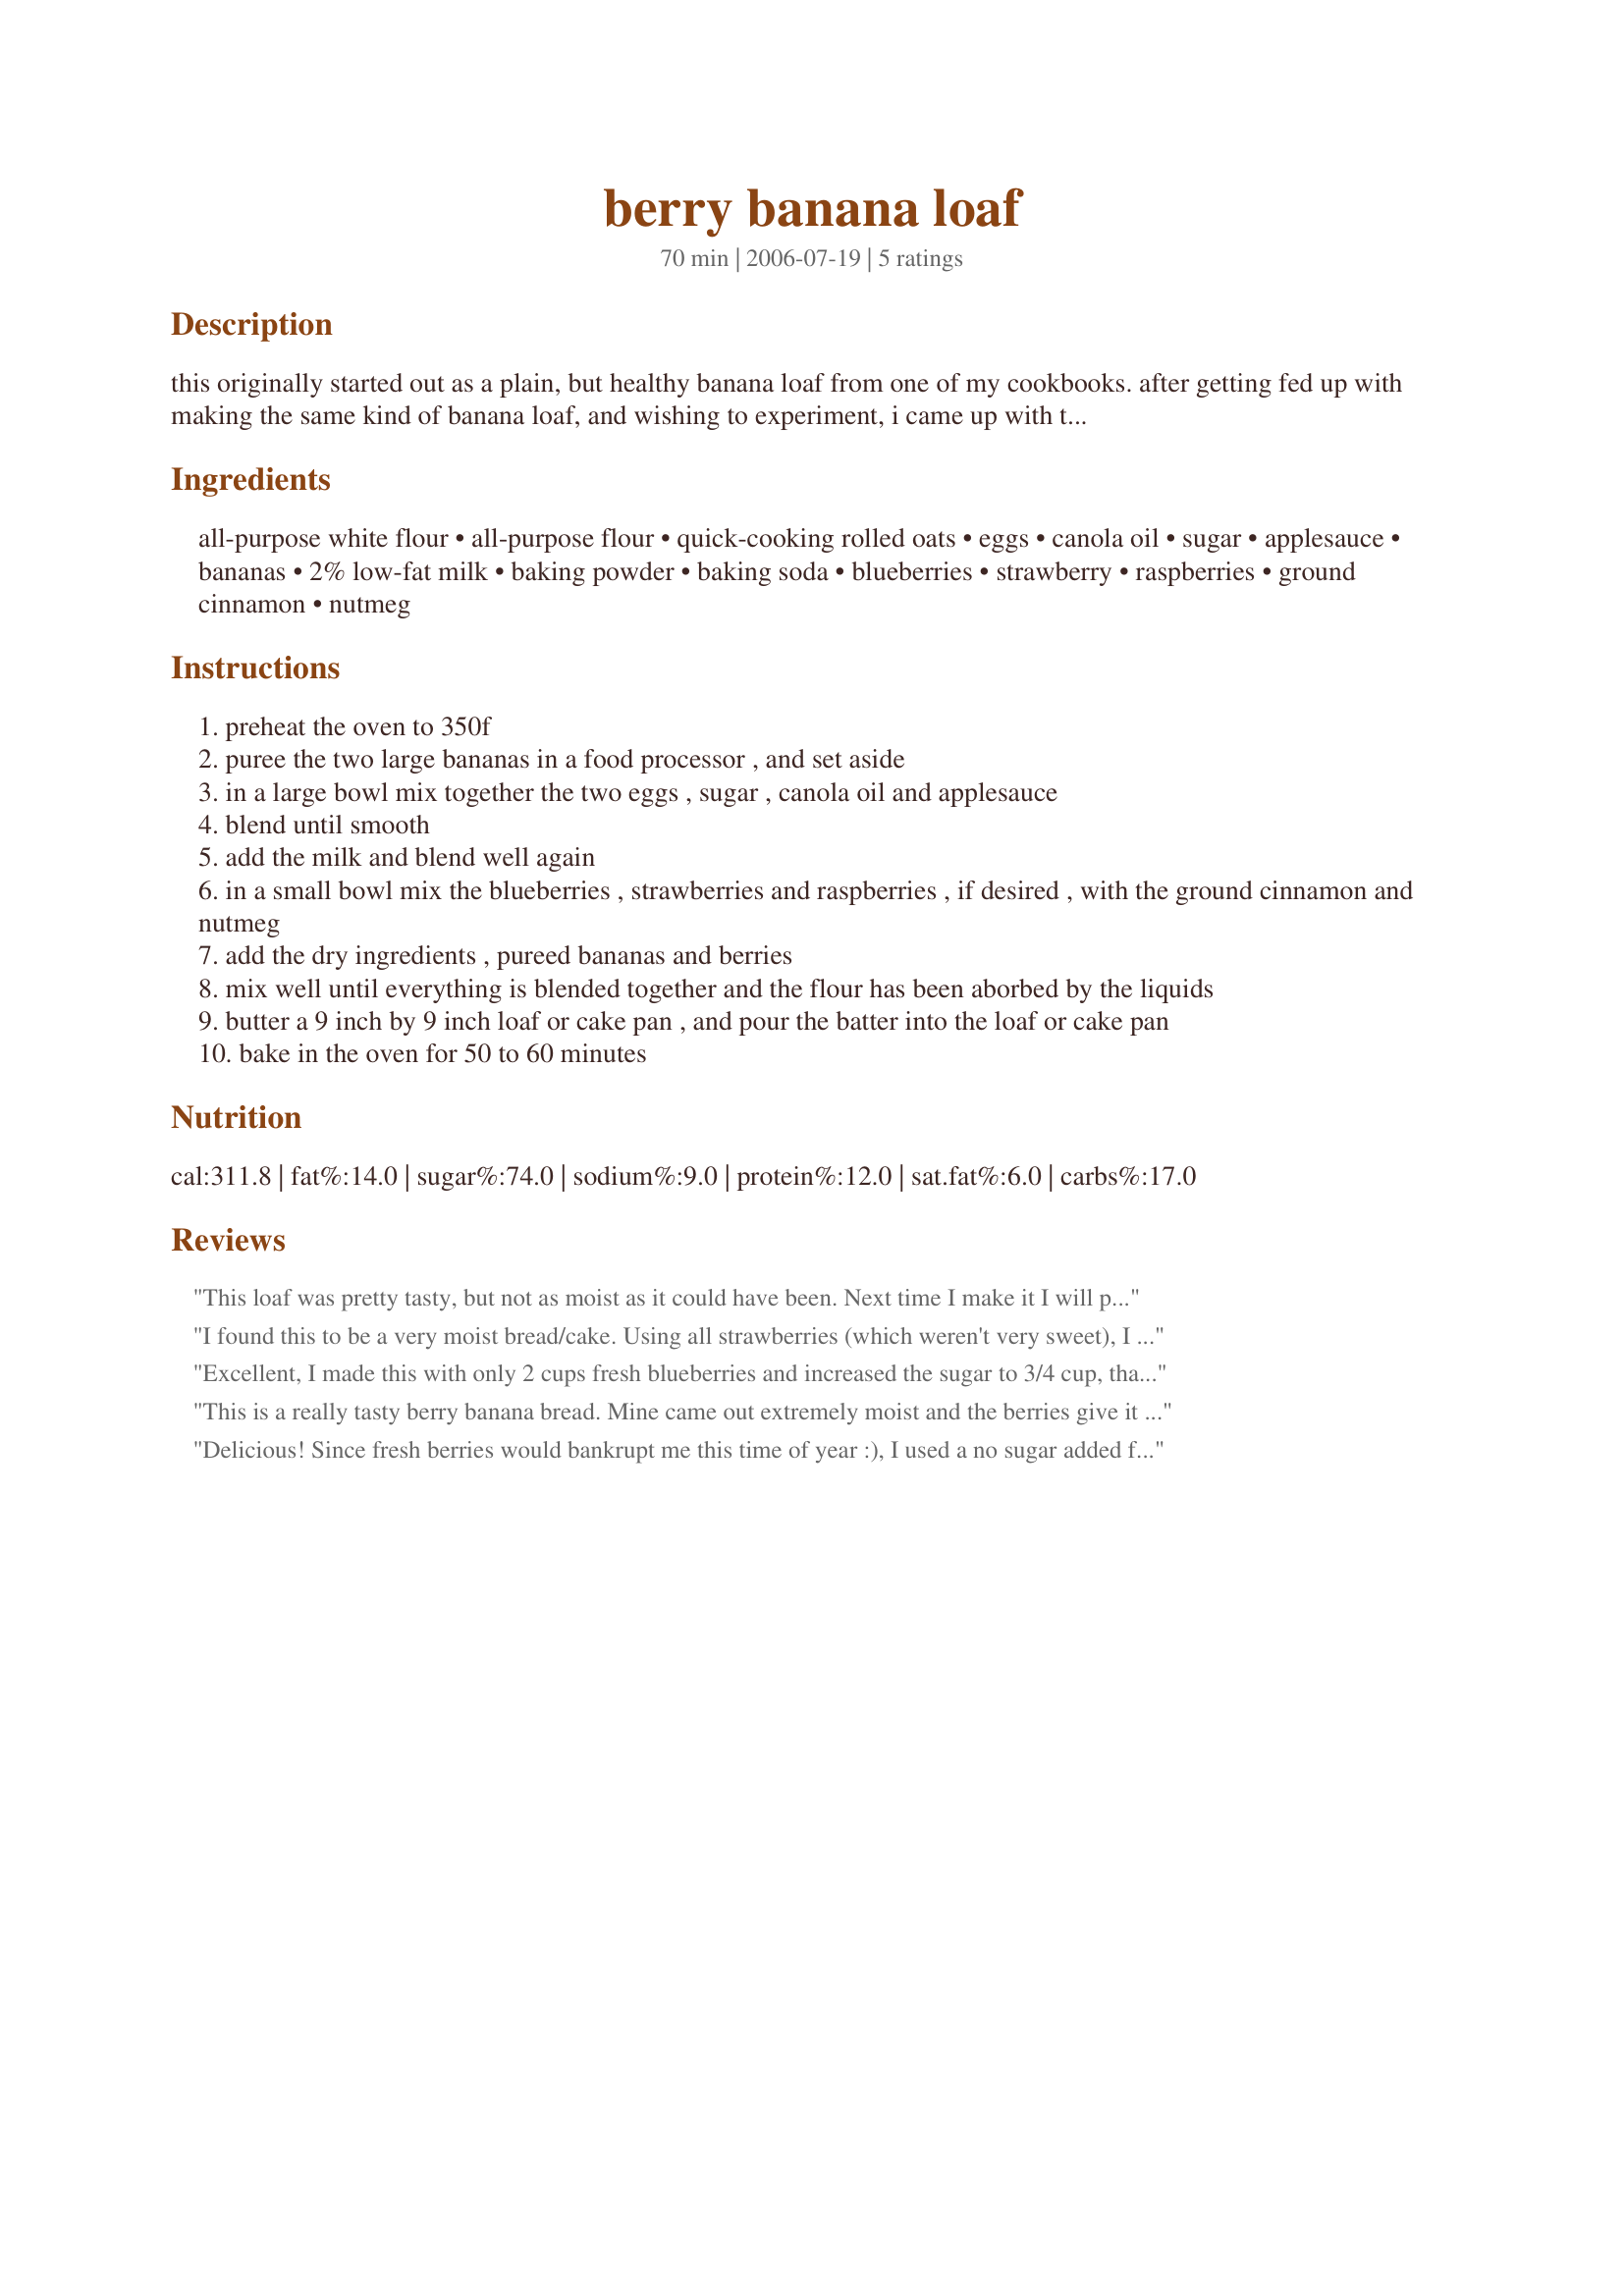
berry banana loaf
Preparation time: 70 minutes

this originally started out as a plain, but healthy banana loaf from one of my cookbooks. after getting fed up with making the same kind of banana loaf, and wishing to experiment, i came up with this one. i have not tried raspberries in this loaf, but i do wish to in the near future, which is why i'm putting it down as optional. the berries add a nice colour to the loaf, and it makes it somewhat juicy.

Ingredients:
all-purpose white flour, all-purpose flour, quick-cooking rolled oats, eggs, canola oil, sugar, applesauce, bananas, 2% low-fat milk, baking powder, baking soda, blueberries, strawberry, raspberries, ground cinnamon, nutmeg

Steps:
preheat the oven to 350f
puree the two large bananas in a food processor , and set aside
in a large bowl mix together the two eggs , sugar , canola oil and applesauce
blend until smooth
add the milk and blend well again
in a small bowl mix the blueberries , strawberries and raspberries , if desired , with the ground cinnamon and nutmeg
add the dry ingredients , pureed bananas and berries
mix well until everything is blended together and the flour has been aborbed by the liquids
butter a 9 inch by 9 inch loaf or cake pan , and pour the batter into the loaf or cake pan
bake in the oven for 50 to 60 minutes

Reviews:
This loaf was pretty tasty, but not as moist as it could have been. Next time I make it I will play with the dry to wet ratio and see how I can change that without changing the texture too much.

Also, for those looking for a sweet loaf for dessert, this isn't it. Generally when I make banana bread it is a snack or dessert, but I found this loaf was much more suited to breakfast or brunch. It has a nice banana-berry flavour but isn't very sweet.
I found this to be a very moist bread/cake. Using all strawberries (which weren't very sweet), I increased the sugar to 3/4 cup. The directions could be made simpler as the ingredients are in a different order from the steps listed. My loaf pan is only a 9X5 and I had way too much batter for that so I baked in a 9X9 square. Baking time was still 50 minutes. It tastes good warm and I'm sure will be wonderful as a quick snack. Thanks for sharing your creation.
Excellent, I made this with only 2 cups fresh blueberries and increased the sugar to 3/4 cup, thanks for sharing hon!...Kitten:)
This is a really tasty berry banana bread. Mine came out extremely moist and the berries give it enough sweetness for me. I used the blueberries and strawberries. Since I didn't use the raspberries, I doubled the amount of strawberries I used. I baked mine in a 9x9-inch loaf pan and it was done in about 55 minutes. It rose beautifully and is a nice treat. Thanks for sharing!
Delicious! Since fresh berries would bankrupt me this time of year :), I used a no sugar added frozen mix that included blueberries, raspberries and marionberries. I thawed and drained them first. I also used Splenda and Egg beaters, and substituted 1 teaspoon of the cinnamon with ground cardamom, because I love that flavor in breads. (must be the Scandahoovian blood in me!) I also did not have a 9 x 9 inch pan called for, so used 2 smaller bread pans, since the batter seemed like too much for my 9 x 5 inch bread pan. I will freeze one loaf for later.

Thanks for posting this. It is a keeper. Nice change from plain banana bread.
